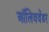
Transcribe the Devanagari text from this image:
ऑलिववेंडर